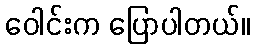
ဝေါင်းက ပြောပါတယ်။